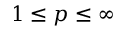
1 \le p \le \infty